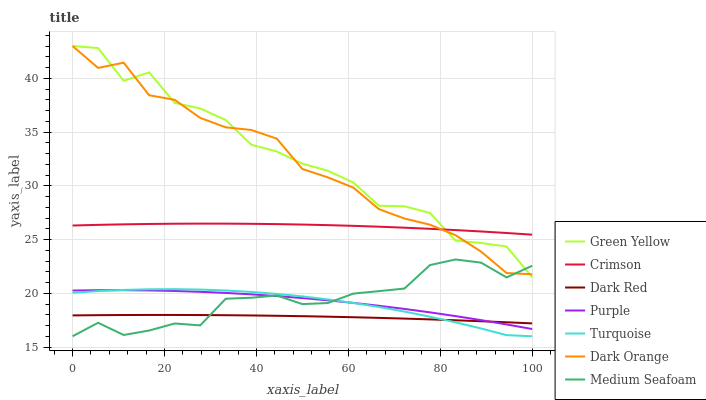
| xaxis_label | Green Yellow | Crimson | Dark Red | Purple | Turquoise | Dark Orange | Medium Seafoam |
 | --- | --- | --- | --- | --- | --- | --- | --- |
 | 0 | 43 | 26.3 | 17.9 | 20.3 | 20 | 43 | 16 |
 | 5.56 | 42.8 | 26.4 | 18 | 20.3 | 20.2 | 41 | 17.3 |
 | 11.1 | 39.8 | 26.4 | 18 | 20.3 | 20.3 | 41.5 | 16.1 |
 | 16.7 | 40.5 | 26.4 | 18 | 20.3 | 20.4 | 38.4 | 16.5 |
 | 22.2 | 37.7 | 26.5 | 18 | 20.2 | 20.4 | 38 | 17.2 |
 | 27.8 | 37.2 | 26.5 | 18 | 20.1 | 20.3 | 36.3 | 17 |
 | 33.3 | 36.1 | 26.5 | 18 | 20 | 20.3 | 35.4 | 19.5 |
 | 38.9 | 33.8 | 26.5 | 17.9 | 19.9 | 20.1 | 35.2 | 19.6 |
 | 44.4 | 33.2 | 26.4 | 17.9 | 19.7 | 19.9 | 34.4 | 19.8 |
 | 50 | 32.1 | 26.4 | 17.9 | 19.6 | 19.7 | 31.6 | 19 |
 | 55.6 | 31.4 | 26.3 | 17.8 | 19.3 | 19.4 | 30.8 | 19.1 |
 | 61.1 | 30.3 | 26.3 | 17.8 | 19.1 | 19.1 | 29.8 | 20 |
 | 66.7 | 28.1 | 26.2 | 17.7 | 18.8 | 18.7 | 27.8 | 20.2 |
 | 72.2 | 28.1 | 26.1 | 17.6 | 18.5 | 18.3 | 26.9 | 20.4 |
 | 77.8 | 27.5 | 26 | 17.6 | 18.2 | 17.8 | 26.4 | 22.6 |
 | 83.3 | 24.9 | 25.9 | 17.5 | 17.9 | 17.3 | 25.4 | 23.1 |
 | 88.9 | 24.7 | 25.7 | 17.4 | 17.5 | 16.7 | 23.9 | 22.8 |
 | 94.4 | 24.3 | 25.6 | 17.3 | 17.1 | 16.1 | 21.9 | 21.5 |
 | 100 | 21.5 | 25.4 | 17.2 | 16.7 | 16 | 21.8 | 22.6 |